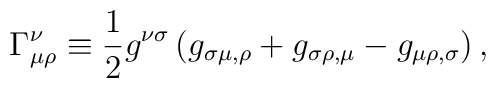
\Gamma_{\mu\rho}^\nu \equiv {1\over 2}g^{\nu\sigma}\left( g_{\sigma\mu ,\rho}    + g_{\sigma\rho ,\mu} - g_{\mu\rho,\sigma}\right),